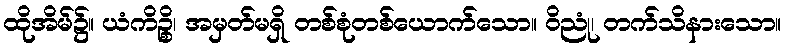
ထိုအိမ်၌။ ယံကိဉ္စိ၊ အမှတ်မရှိ တစ်စုံတစ်ယောက်သော။ ဝိညုံ၊ တက်သိနားသော။